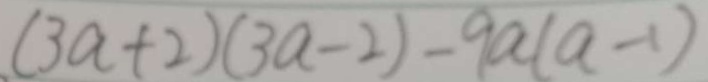
( 3 a + 2 ) ( 3 a - 2 ) - 9 a ( a - 1 )